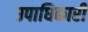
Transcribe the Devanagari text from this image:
उपाधिकारी